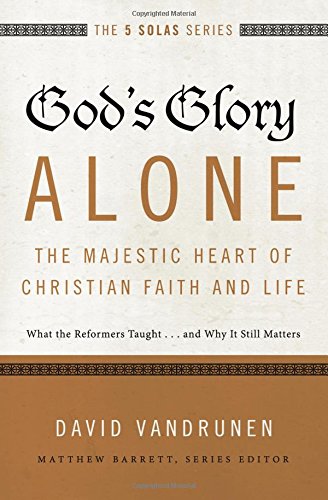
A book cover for God's Glory Alone---The Majestic Heart of Christian Faith and Life: What the Reformers Taught...and Why It Still Matters (The Five Solas Series); David VanDrunen; Christian Books & Bibles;